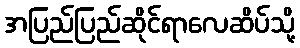
အပြည်ပြည်ဆိုင်ရာလေဆိပ်သို့